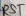
Text: RST